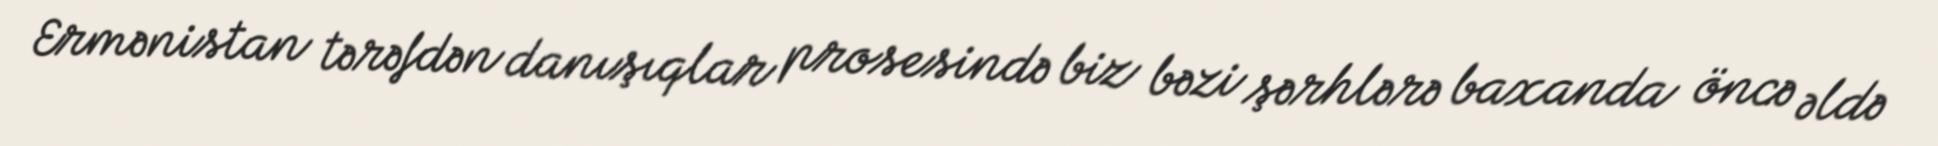
Ermənistan tərəfdən danışıqlar prosesində biz bəzi şərhlərə baxanda öncə əldə